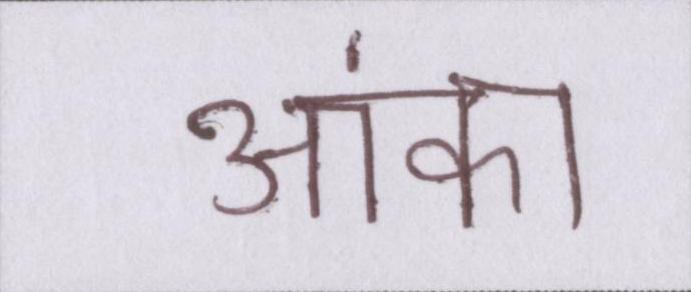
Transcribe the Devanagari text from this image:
आंका